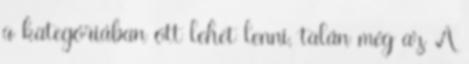
a kategóriában ott lehet lenni, talán még az A